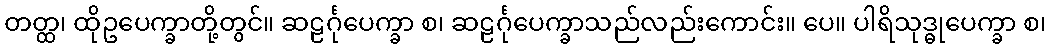
တတ္ထ၊ ထိုဥပေက္ခာတို့တွင်။ ဆဠင်္ဂုပေက္ခာ စ၊ ဆဠင်္ဂုပေက္ခာသည်လည်းကောင်း။ ပေ။ ပါရိသုဒ္ဓုပေက္ခာ စ၊